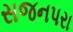
સજનપરા